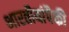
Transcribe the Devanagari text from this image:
भारतीयांपैकी